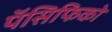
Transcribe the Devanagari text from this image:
पॅसिफिको